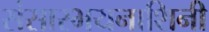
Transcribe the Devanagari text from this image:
संसारभयनाशिनी